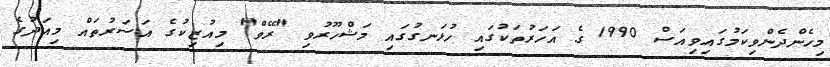
މިހެންދެންވިކަމުގައިވިއަސް 1990 ގެ އަހަރުތަކުގައި ހުޅަނގުގައި މަޝްހޫރުވި "ރޭވް" މިއުޒިކުގެ އަސަރުތައް މިއަދުގެ